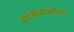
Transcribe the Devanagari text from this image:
झाडीबोलीचा